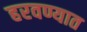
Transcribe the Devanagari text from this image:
हरवण्यात